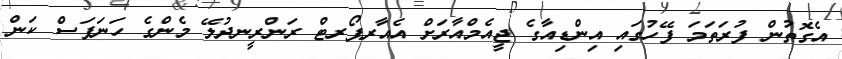
އެގޮތުން ފުރަތަމަ ފޭހުގައި އިންޑިއާގެ ޖީއެމްއާރަށް އެއާރޕޯރޓް ރަންރީނދުލޭ މެންގެ ހަނަފަސް ކަން